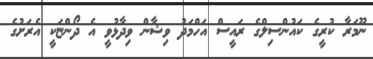
ނޫމަރާ ކުރީގެ ކައުންސިލްގެ ރައީސް އަހްމަދު ވިޝާން ވިދާޅުވީ އެ ދޯންޏަކީ އެރަށުގެ